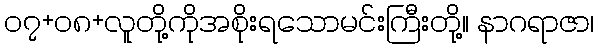
၀၇+၀၈+လူတို့ကိုအစိုးရသောမင်းကြီးတို့။ နာဂရာဇာ၊